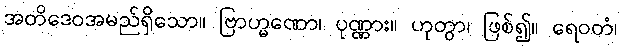
အတိဒေဝအမည်ရှိသော။ ဗြာဟ္မဏော၊ ပုဏ္ဏား။ ဟုတွာ၊ ဖြစ်၍။ ရေဝတံ၊